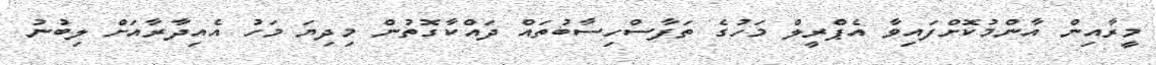
މީރާއިން އާންމުކޮށްފައިވާ އެޕްރީލް މަހުގެ ތަފާސްހިސާބުތައް ދައްކާގޮތުން މިދިޔަ މަހު އެއިދާރާއަށް ލިބުނު